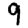
Digit: 9